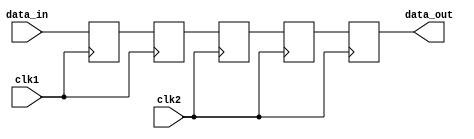
module four_flop_synchronizer (
    input wire clk1, // clock signal for domain 1
    input wire clk2, // clock signal for domain 2
    input wire [3:0] data_in, // input data signal
    output reg [3:0] data_out // output data signal
);

reg [3:0] flop1, flop2, flop3, flop4;

always @(posedge clk1) begin
    flop1 <= data_in;
end

always @(posedge clk1) begin
    flop2 <= flop1;
end

always @(posedge clk2) begin
    flop3 <= flop2;
end

always @(posedge clk2) begin
    flop4 <= flop3;
    data_out <= flop4;
end

endmodule